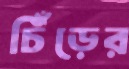
চিঁঁড়ের